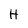
Character: H